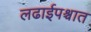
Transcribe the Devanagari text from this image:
लढाईपश्चात